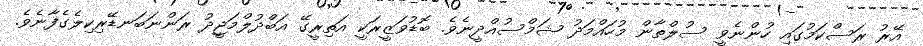
އޭރު ރަސްކަމުގައި ހުންނެވީ ސުލްތާން މުހައްމަދު ޝަމްސުއްދީނެވެ. ބޮޑުވަޒީރަކީ އަތިރީގޭ އަބްދުލްމަޖީދު ރަންނަބަނޑޭރިކިލެގެފާނެވެ.